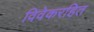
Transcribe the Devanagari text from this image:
विवेकरहित